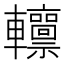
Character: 𨏸